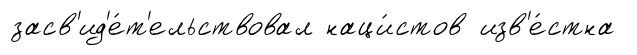
засв'ид'е́т'ельствовал наци́стов изв'е́стна